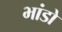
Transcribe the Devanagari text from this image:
भांडो